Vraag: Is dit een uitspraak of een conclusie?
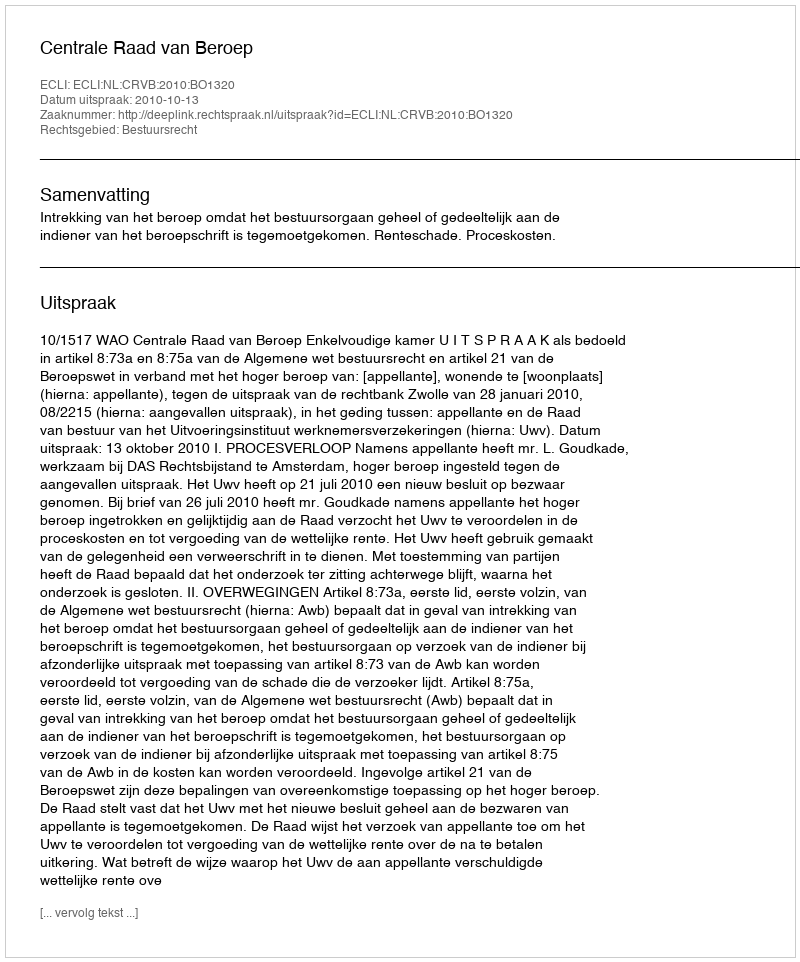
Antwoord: Uitspraak